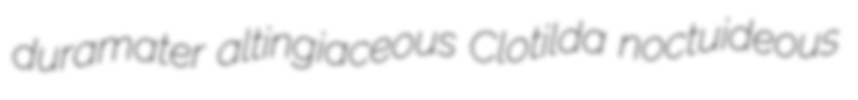
duramater altingiaceous Clotilda noctuideous